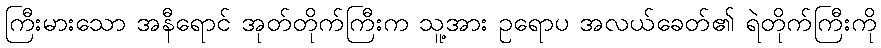
ကြီးမားသော အနီရောင် အုတ်တိုက်ကြီးက သူ့အား ဥရောပ အလယ်ခေတ်၏ ရဲတိုက်ကြီးကို